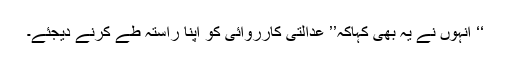
‘‘ انہوں نے یہ بھی کہاکہ’’ عدالتی کارروائی کو اپنا راستہ طے کرنے دیجئے۔